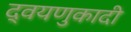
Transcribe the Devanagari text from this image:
द्वयणुकादी